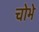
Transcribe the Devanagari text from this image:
चोभे